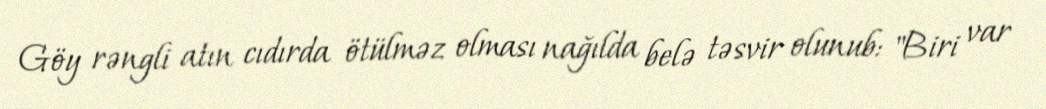
Göy rəngli atın cıdırda ötülməz olması nağılda belə təsvir olunub: "Biri var